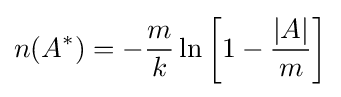
n(A^{*})=-{\frac {m}{k}}\ln \left[1-{\frac {|A|}{m}}\right]